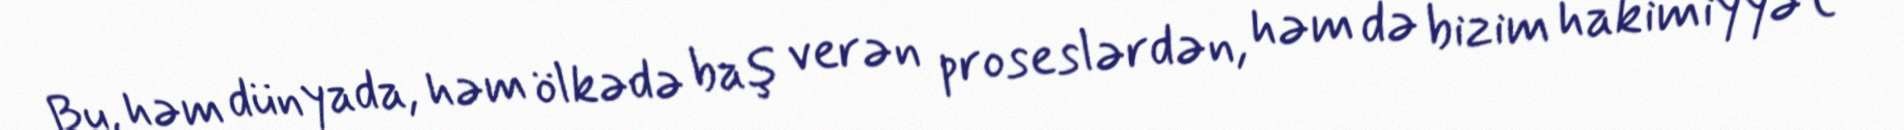
Bu, həm dünyada, həm ölkədə baş verən proseslərdən, həm də bizim hakimiyyət